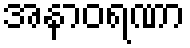
အနာဝရဏာ